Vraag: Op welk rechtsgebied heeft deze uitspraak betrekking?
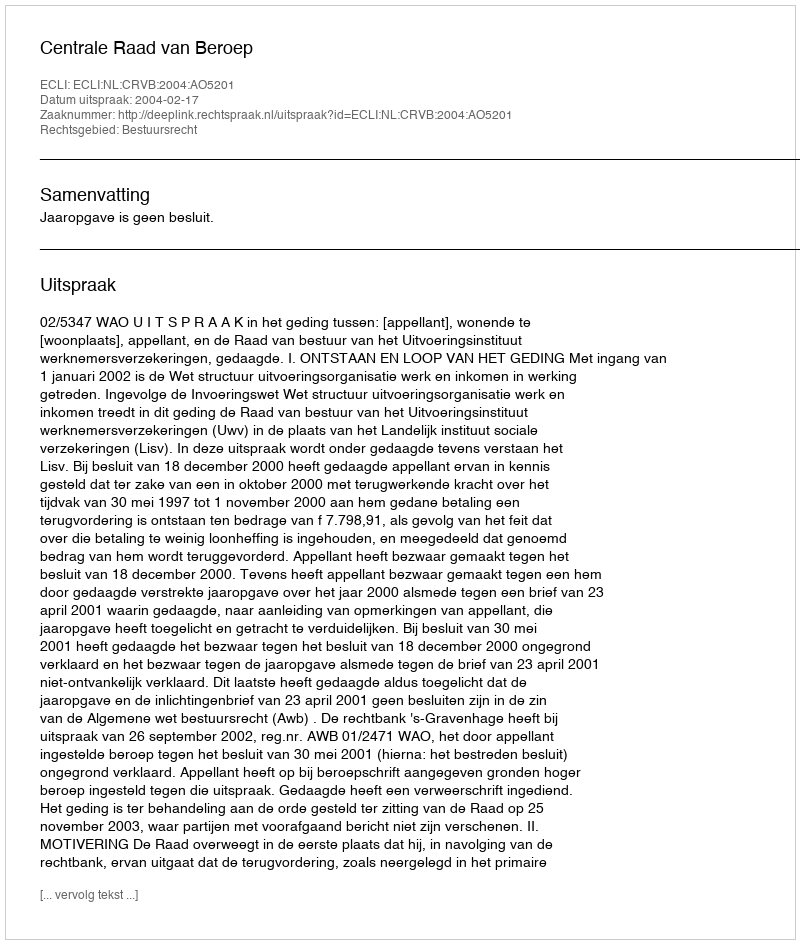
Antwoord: Bestuursrecht